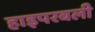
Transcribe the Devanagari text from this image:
हाइपरबली